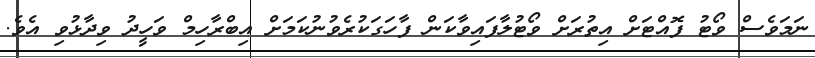
ނަމަވެސް ވޯޓު ފޮއްޓަށް އިތުރަށް ވޯޓުލާފައިވާކަން ފާހަގަކުރެވުނުކަމަށް އިބްރާހިމް ވަހީދު ވިދާޅުވި އެވެ.